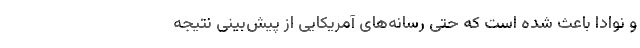
و نوادا باعث شده است که حتی رسانه‌های آمریکایی از پیش‌بینی نتیجه